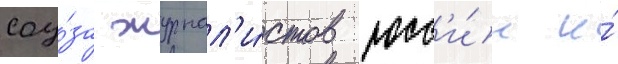
соу́за журнал'и́стов росс'и́и и́